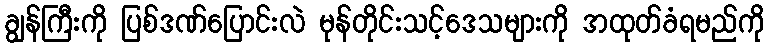
ချွန်ကြီးကို ပြစ်ဒဏ်ပြောင်းလဲ မုန်တိုင်းသင့်ဒေသများကို အထုတ်ခံရမည်ကို